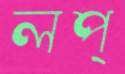
লপ্